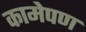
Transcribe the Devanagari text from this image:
कामेपण